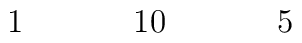
\begin{array}{ccccccccccccccccc}&&&1&&&&10&&&&5&&&&\\\end{array}